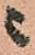
ニ